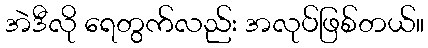
အဲဒီလို ရေတွက်လည်း အလုပ်ဖြစ်တယ်။